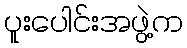
ပူးပေါင်းအဖွဲ့က